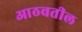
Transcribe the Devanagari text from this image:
आठवतील